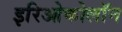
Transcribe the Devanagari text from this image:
इरिओकोलॉन